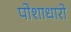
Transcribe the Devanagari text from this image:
पोशाधारो